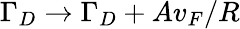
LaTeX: \Gamma_{D}\rightarrow\Gamma_{D}+Av_{F}/R